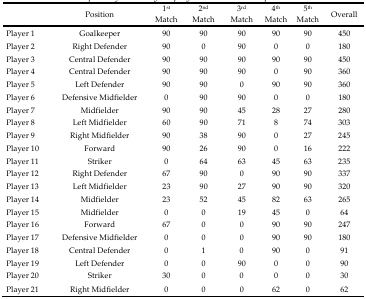
|  | Position | 1st Match | 2nd Match | 3rd Match | 4th Match | 5th Match | Overall |
 | --- | --- | --- | --- | --- | --- | --- | --- |
 | Player 1 | Goalkeeper | 90 | 90 | 90 | 90 | 90 | 450 |
 | Player 2 | Right Defender | 90 | 0 | 90 | 0 | 0 | 180 |
 | Player 3 | Central Defender | 90 | 90 | 90 | 90 | 90 | 450 |
 | Player 4 | Central Defender | 90 | 90 | 90 | 0 | 90 | 360 |
 | Player 5 | Left Defender | 90 | 90 | 0 | 90 | 90 | 360 |
 | Player 6 | Defensive Midfielder | 0 | 90 | 90 | 0 | 0 | 180 |
 | Player 7 | Midfielder | 90 | 90 | 45 | 28 | 27 | 280 |
 | Player 8 | Left Midfielder | 60 | 90 | 71 | 8 | 74 | 303 |
 | Player 9 | Right Midfielder | 90 | 38 | 90 | 0 | 27 | 245 |
 | Player 10 | Forward | 90 | 26 | 90 | 0 | 16 | 222 |
 | Player 11 | Striker | 0 | 64 | 63 | 45 | 63 | 235 |
 | Player 12 | Right Defender | 67 | 90 | 0 | 90 | 90 | 337 |
 | Player 13 | Left Midfielder | 23 | 90 | 27 | 90 | 90 | 320 |
 | Player 14 | Midfielder | 23 | 52 | 45 | 82 | 63 | 265 |
 | Player 15 | Midfielder | 0 | 0 | 19 | 45 | 0 | 64 |
 | Player 16 | Forward | 67 | 0 | 0 | 90 | 90 | 247 |
 | Player 17 | Defensive Midfielder | 0 | 0 | 0 | 90 | 90 | 180 |
 | Player 18 | Central Defender | 0 | 1 | 0 | 90 | 0 | 91 |
 | Player 19 | Left Defender | 0 | 0 | 90 | 0 | 0 | 90 |
 | Player 20 | Striker | 30 | 0 | 0 | 0 | 0 | 30 |
 | Player 21 | Right Midfielder | 0 | 0 | 0 | 62 | 0 | 62 |